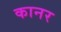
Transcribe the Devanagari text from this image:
कानर